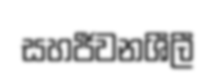
සහජීවනශීලී